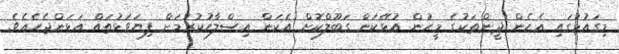
މިގައުމުގައި އެހެން ދީންތަކުގެ މީހުން އުޅޭކަން ގަބޫލްކޮށް އެކަން އިސްލާހުކުރުމަށް ފިޔަވަޅުތައް އަޅަންޖެހެއެވެ.